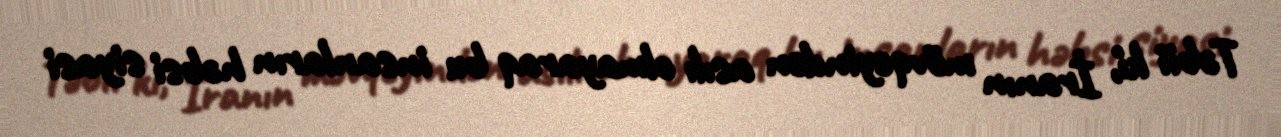
Təbii ki, İranın mövqeyindən asılı olmayaraq bu insanların həbsi siyasi